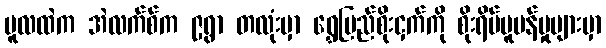
မူလထဲက အဲလက်စ်က ၉ရွာ တလုံးမှာ ရွှေပြည်စိုးငှက်ကို စိုးရိမ်ပူပန်မှုများမှာ